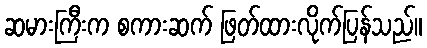
ဆမားကြီးက စကားဆက် ဖြတ်ထားလိုက်ပြန်သည်။